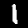
Digit: 1